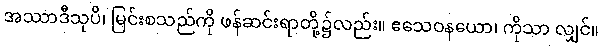
အဿာဒီသုပိ၊ မြင်းစသည်ကို ဖန်ဆင်းရာတို့၌လည်း။ ဧသေဝနယော၊ ကိုသာ လျှင်။